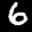
Label: 6